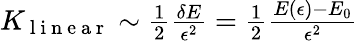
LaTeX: \begin{array}{r}{K_{\mathrm{~l~i~n~e~a~r~}}\sim\frac 12\frac{\delta E}{\epsilon^{2}}=\frac{1}{2}\frac{E(\epsilon)-E_{0}}{\epsilon^{2}}}\end{array}